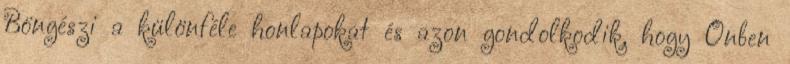
Böngészi a különféle honlapokat és azon gondolkodik, hogy Önben